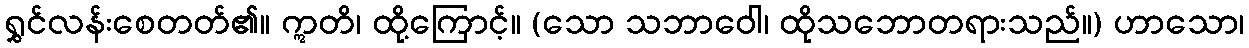
ရွှင်လန်းစေတတ်၏။ ဣတိ၊ ထို့ကြောင့်။ (သော သဘာဝေါ၊ ထိုသဘောတရားသည်။) ဟာသော၊